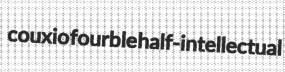
couxio fourble half-intellectual